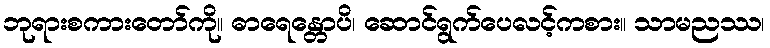
ဘုရားစကားတော်ကို။ ဓာရေန္တောပိ၊ ဆောင်ရွက်ပေလင့်ကစား။ သာမညဿ၊